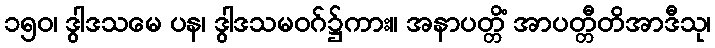
၁၅၀၊ ဒွါဒသမေ ပန၊ ဒွါဒသမဝဂ်၌ကား။ အနာပတ္တိံ အာပတ္တီတိအာဒီသု၊